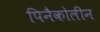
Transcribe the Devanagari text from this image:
पिनैकोलीन